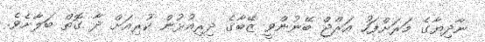
ނާދިޔާގެ މަރަށްފަހު އަރްޖް ބޭނުންވީ ޒޭބާގެ ދިރިއުޅުން ކުރިއަށް ދާ ގޮތް ބަލާށެވެ.